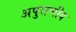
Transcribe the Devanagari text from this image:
अपुराणीय